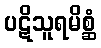
ပဋိသူရမိစ္ဆံ